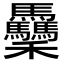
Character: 𥤡